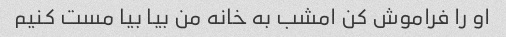
او را فراموش کن امشب به خانه من بیا بیا مست کنیم